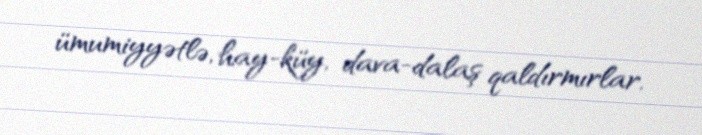
ümumiyyətlə, hay-küy, dava-dalaş qaldırmırlar.